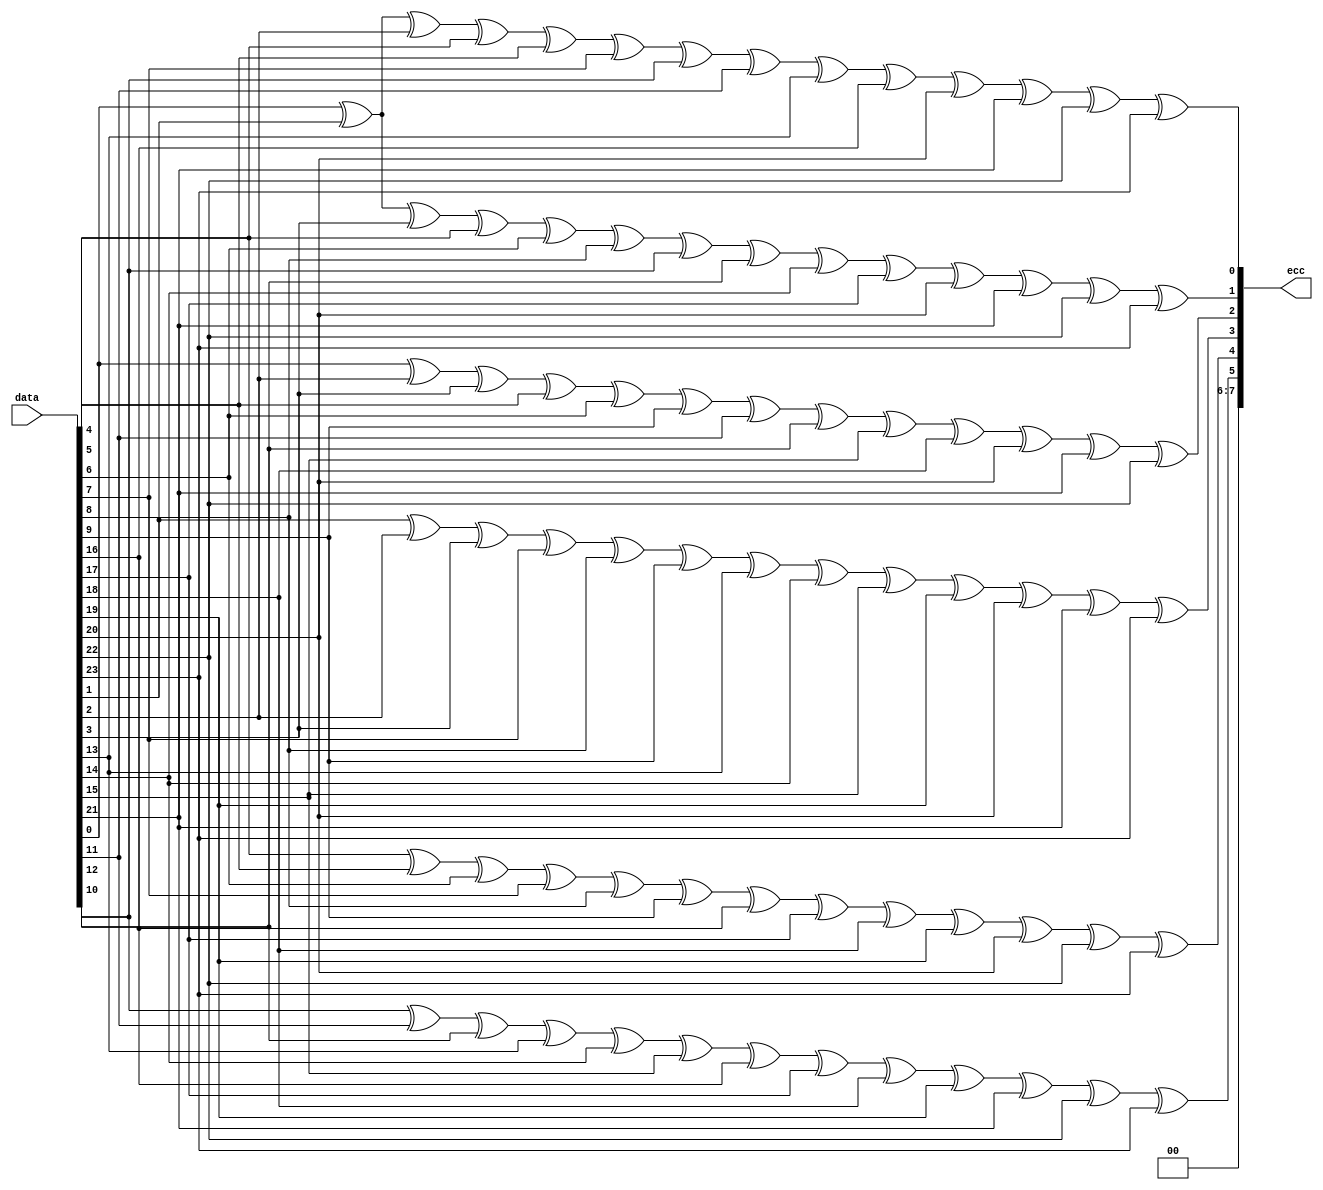
module csi_rx_hdr_ecc(data,
							 ecc);
   input [23:0] data;
   output [7:0] ecc;
   
   
   assign ecc[7] = 1'b0;
   assign ecc[6] = 1'b0;
   assign ecc[5] = data[10] ^ data[11] ^ data[12] ^ data[13] ^ data[14] ^ data[15] ^ data[16] ^ data[17] ^ data[18] ^ data[19] ^ data[21] ^ data[22] ^ data[23];
   assign ecc[4] = data[4] ^ data[5] ^ data[6] ^ data[7] ^ data[8] ^ data[9] ^ data[16] ^ data[17] ^ data[18] ^ data[19] ^ data[20] ^ data[22] ^ data[23];
   assign ecc[3] = data[1] ^ data[2] ^ data[3] ^ data[7] ^ data[8] ^ data[9] ^ data[13] ^ data[14] ^ data[15] ^ data[19] ^ data[20] ^ data[21] ^ data[23];
   assign ecc[2] = data[0] ^ data[2] ^ data[3] ^ data[5] ^ data[6] ^ data[9] ^ data[11] ^ data[12] ^ data[15] ^ data[18] ^ data[20] ^ data[21] ^ data[22];
   assign ecc[1] = data[0] ^ data[1] ^ data[3] ^ data[4] ^ data[6] ^ data[8] ^ data[10] ^ data[12] ^ data[14] ^ data[17] ^ data[20] ^ data[21] ^ data[22] ^ data[23];
   assign ecc[0] = data[0] ^ data[1] ^ data[2] ^ data[4] ^ data[5] ^ data[7] ^ data[10] ^ data[11] ^ data[13] ^ data[16] ^ data[20] ^ data[21] ^ data[22] ^ data[23];
   
endmodule